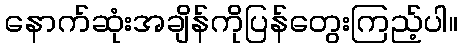
နောက်ဆုံးအချိန်ကိုပြန်တွေးကြည့်ပါ။